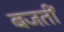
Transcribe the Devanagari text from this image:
बजतीं